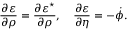
\frac { \partial \varepsilon } { \partial \rho } = \frac { \partial \varepsilon ^ { \star } } { \partial \rho } , \quad \frac { \partial \varepsilon } { \partial \eta } = - \dot { \phi } .